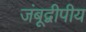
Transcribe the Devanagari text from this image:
जंबूद्वीपीय